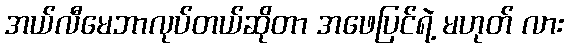
အယ်လီမေဘာလုပ်တယ်ဆိုတာ အဖေပြင်ရဲ့ မဟုတ် လား